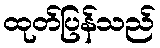
ထုတ်ပြန်သည်